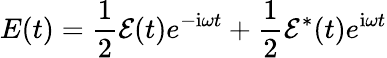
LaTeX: E(t)=\frac{1}{2}\mathcal{E}(t)e^{-\mathrm{{i}}\omega t}+\frac{1}{2}\mathcal{E}^{*}(t)e^{\mathrm{{i}}\omega t}